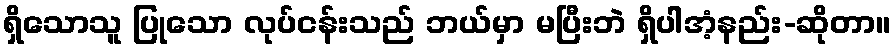
ရှိသောသူ ပြုသော လုပ်ငန်းသည် ဘယ်မှာ မပြီးဘဲ ရှိပါအံ့နည်း-ဆိုတာ။